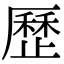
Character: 歷